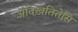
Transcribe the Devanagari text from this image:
अदिख़तितेसि